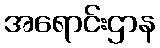
အရောင်းဌာန